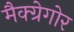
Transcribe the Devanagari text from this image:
मैक्ग्रेगोर